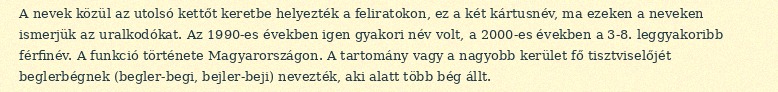
A nevek közül az utolsó kettőt keretbe helyezték a feliratokon, ez a két kártusnév, ma ezeken a neveken ismerjük az uralkodókat. Az 1990-es években igen gyakori név volt, a 2000-es években a 3-8. leggyakoribb férfinév. A funkció története Magyarországon. A tartomány vagy a nagyobb kerület fő tisztviselőjét beglerbégnek (begler-begi, bejler-beji) nevezték, aki alatt több bég állt.